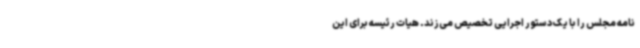
نامه مجلس را با یک دستور اجرایی تخصیص می‌زند. هیات رئیسه برای این